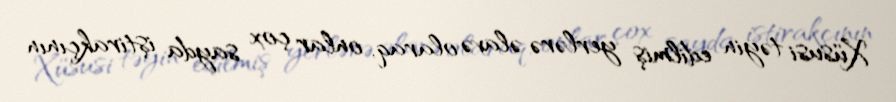
Xüsusi təyin edilmiş yerlərə əlavə olaraq, onlar çox sayda iştirakçının